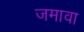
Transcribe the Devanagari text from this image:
जमावा